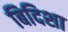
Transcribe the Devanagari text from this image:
बिदिशा